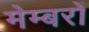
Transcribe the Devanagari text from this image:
मेम्बरों